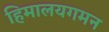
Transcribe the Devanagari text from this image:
हिमालयगमन